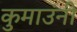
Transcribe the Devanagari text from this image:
कुमाउंनी